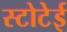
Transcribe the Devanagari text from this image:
स्टोटेई